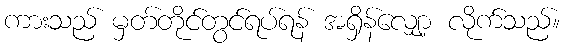
ကားသည် မှတ်တိုင်တွင်ရပ်ရန် အရှိန်လျှော့ လိုက်သည်။